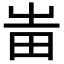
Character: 𤰫